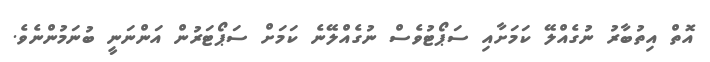
އޮތް އިތުބާރު ނުގެއްލޭ ކަމަށާއި ސަޕޯޓުވެސް ނުގެއްލޭނެ ކަމަށް ސަޕޯޓަރުން އަންނަނީ ބުނަމުންނެވެ.